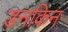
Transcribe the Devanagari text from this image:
डनकिन